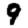
Digit: 9